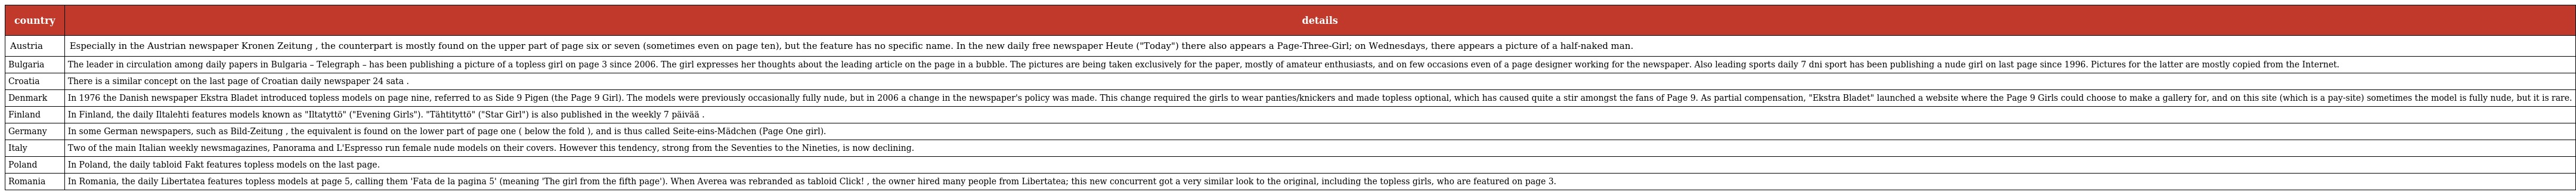
| country | details |
 | --- | --- |
 | Austria | Especially in the Austrian newspaper Kronen Zeitung , the counterpart is mostly found on the upper part of page six or seven (sometimes even on page ten), but the feature has no specific name. In the new daily free newspaper Heute ("Today") there also appears a Page-Three-Girl; on Wednesdays, there appears a picture of a half-naked man. |
 | Bulgaria | The leader in circulation among daily papers in Bulgaria – Telegraph – has been publishing a picture of a topless girl on page 3 since 2006. The girl expresses her thoughts about the leading article on the page in a bubble. The pictures are being taken exclusively for the paper, mostly of amateur enthusiasts, and on few occasions even of a page designer working for the newspaper. Also leading sports daily 7 dni sport has been publishing a nude girl on last page since 1996. Pictures for the latter are mostly copied from the Internet. |
 | Croatia | There is a similar concept on the last page of Croatian daily newspaper 24 sata . |
 | Denmark | In 1976 the Danish newspaper Ekstra Bladet introduced topless models on page nine, referred to as Side 9 Pigen (the Page 9 Girl). The models were previously occasionally fully nude, but in 2006 a change in the newspaper's policy was made. This change required the girls to wear panties/knickers and made topless optional, which has caused quite a stir amongst the fans of Page 9. As partial compensation, "Ekstra Bladet" launched a website where the Page 9 Girls could choose to make a gallery for, and on this site (which is a pay-site) sometimes the model is fully nude, but it is rare. |
 | Finland | In Finland, the daily Iltalehti features models known as "Iltatyttö" ("Evening Girls"). "Tähtityttö" ("Star Girl") is also published in the weekly 7 päivää . |
 | Germany | In some German newspapers, such as Bild-Zeitung , the equivalent is found on the lower part of page one ( below the fold ), and is thus called Seite-eins-Mädchen (Page One girl). |
 | Italy | Two of the main Italian weekly newsmagazines, Panorama and L'Espresso run female nude models on their covers. However this tendency, strong from the Seventies to the Nineties, is now declining. |
 | Poland | In Poland, the daily tabloid Fakt features topless models on the last page. |
 | Romania | In Romania, the daily Libertatea features topless models at page 5, calling them 'Fata de la pagina 5' (meaning 'The girl from the fifth page'). When Averea was rebranded as tabloid Click! , the owner hired many people from Libertatea; this new concurrent got a very similar look to the original, including the topless girls, who are featured on page 3. |